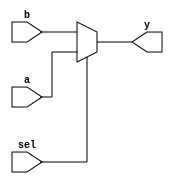
//Description: Multiplexer module.  Takes in input a b and select, outputs y
//based on a and b.

module mux (a, b, sel, y);
    input [31:0] a, b;
    input sel;
    output [31:0] y;

    assign y = sel ? a : b;
endmodule